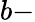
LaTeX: b-